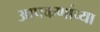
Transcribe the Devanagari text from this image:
आपकणांच्या